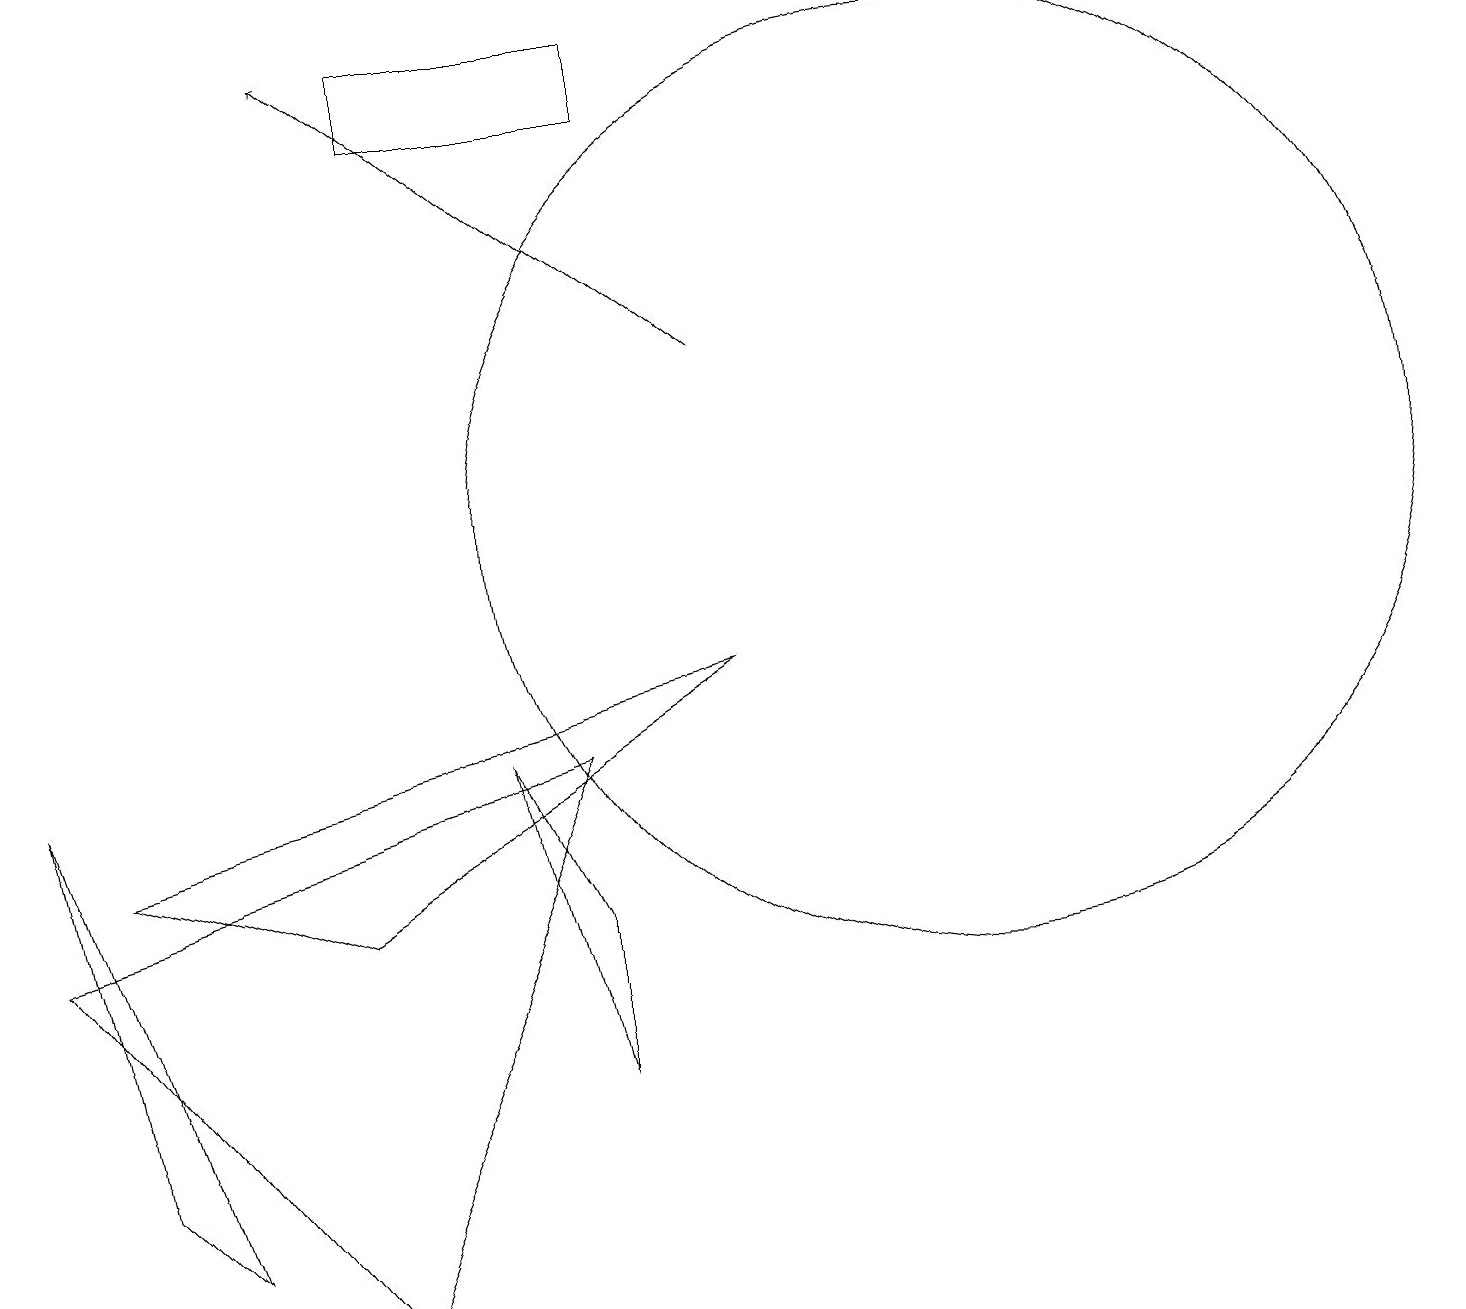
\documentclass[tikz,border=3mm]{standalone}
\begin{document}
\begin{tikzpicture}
\draw[->] (9,13) -- (4,17);
\draw (6,8) -- (7,6) -- (7,4) -- cycle;
\draw (5,16) rectangle (8,17);
\draw (1,3) -- (0,8) -- (2,2) -- cycle;
\draw (12,11) circle (6);
\draw (0,6) -- (7,8) -- (4,1) -- cycle;
\draw (4,6) -- (1,7) -- (9,9) -- cycle;
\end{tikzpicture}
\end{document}